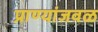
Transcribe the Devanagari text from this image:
प्राण्यांजवळ